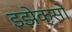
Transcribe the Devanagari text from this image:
इझेक्सों